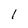
Character: I